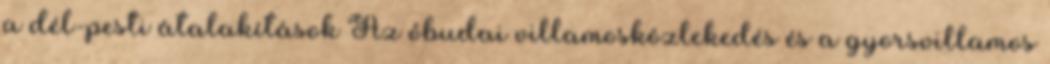
a dél-pesti átalakítások Az óbudai villamosközlekedés és a gyorsvillamos